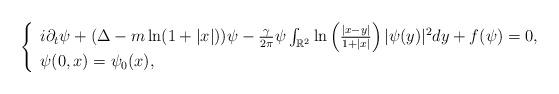
LaTeX: \begin{align*}\left\{\begin{array}{ll}i\partial _{t}\psi +(\Delta -m\ln (1+|x|))\psi -\frac{\gamma }{2\pi }\psi\int_{\mathbb{R}^{2}}\ln \left(\frac{|x-y|}{1+|x|}\right)|\psi (y)|^{2}dy+f(\psi )=0, &\\\psi (0,x)=\psi _{0}(x), &\end{array}\right. \end{align*}